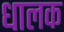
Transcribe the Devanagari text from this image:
धालक